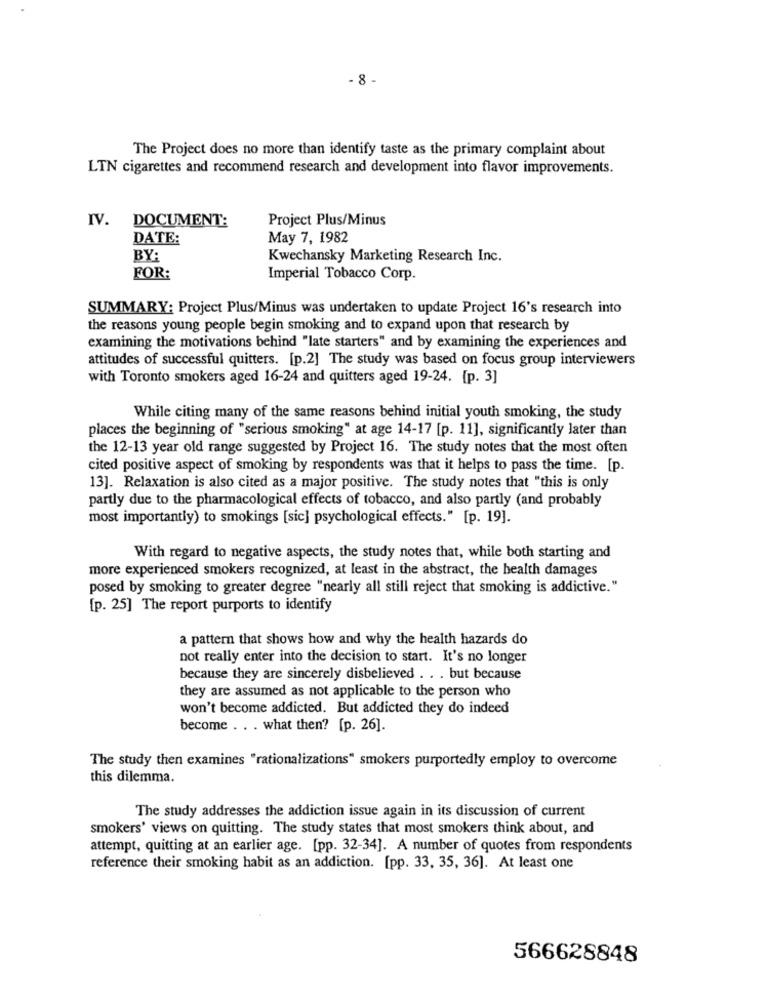
- 8
The Project does no more than identify taste as the primary complaint about
LTN cigarettes and recommend research and development into flavor improvements.
IV. DOCUMENT:
Project Plus/Minus
DATE:
May 7, 1982
BY:
Kwechansky Marketing Research Inc.
FOR:
Imperial Tobacco Corp.
SUMMARY: Project Plus/Minus was undertaken to update Project 16's research into
the reasons young people begin smoking and to expand upon that research by
examining the motivations behind "late starters" and by examining the experiences and
attitudes of successful quitters. [p.2] The study was based on focus group interviewers
with Toronto smokers aged 16-24 and quitters aged 19-24. [p. 3]
While citing many of the same reasons behind initial youth smoking, the study
places the beginning of "serious smoking" at age 14-17 [p. 11], significantly later than
the 12-13 year old range suggested by Project 16. The study notes that the most often
cited positive aspect of smoking by respondents was that it helps to pass the time. [p.
13]. Relaxation is also cited as a major positive. The study notes that "this is only
partly due to the pharmacological effects of tobacco, and also partly (and probably
most importantly) to smokings [sic] psychological effects." [p. 19].
With regard to negative aspects, the study notes that, while both starting and
more experienced smokers recognized, at least in the abstract, the health damages
posed by smoking to greater degree "nearly all still reject that smoking is addictive."
[p. 25] The report purports to identify
a pattern that shows how and why the health hazards do
not really enter into the decision to start. It's no longer
because they are sincerely disbelieved . .. but because
they are assumed as not applicable to the person who
won't become addicted. But addicted they do indeed
become . . . what then? [p. 26].
The study then examines "rationalizations" smokers purportedly employ to overcome
this dilemma.
The study addresses the addiction issue again in its discussion of current
smokers' views on quitting. The study states that most smokers think about, and
attempt, quitting at an earlier age. [pp. 32-34]. A number of quotes from respondents
reference their smoking habit as an addiction. [pp. 33, 35, 36]. At least one
566628848